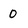
Character: 0